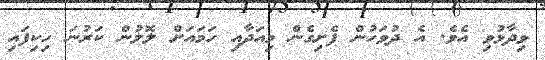
ވިދާޅުވި އެވެ. އެ ދުވަހުން ފެށިގެން މިއަދާއި ހަމައަށް ލޮޮލުން ކަރުނަ ހިކިފައި